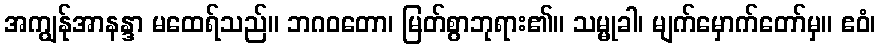
အကျွန်ုအာနန္ဒာ မထေရ်သည်။ ဘဂဝတော၊ မြတ်စွာဘုရား၏။ သမ္မုခါ၊ မျက်မှောက်တော်မှ။ ဧဝံ၊